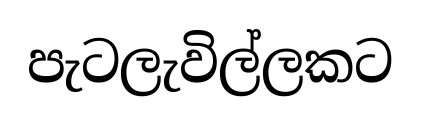
පැටලැවිල්ලකට